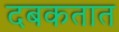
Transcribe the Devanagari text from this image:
दबकतात